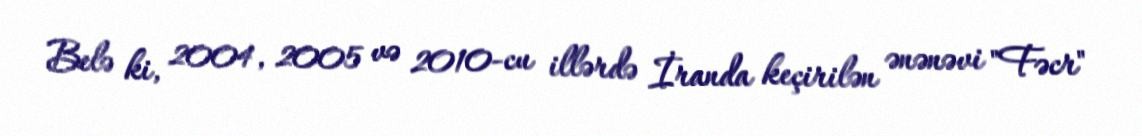
Belə ki, 2004, 2005 və 2010-cu illərdə İranda keçirilən ənənəvi "Fəcr"